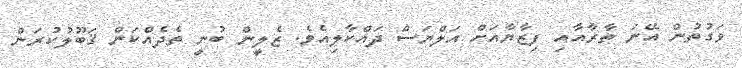
ވަގުތުން އޭނަ ތާރާއާއި ފިޒާޔާއަށް އަލްޔަސް ދައްކާލިއެވެ. ޒެލީން ބުނީ ތެދެއްކަން ޤަބޫލުކުރަން